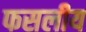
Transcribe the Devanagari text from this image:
फसलीय